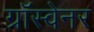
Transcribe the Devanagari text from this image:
ग्रॉस्वेनर